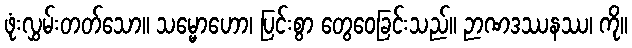
ဖုံးလွှမ်းတတ်သော။ သမ္မောဟော၊ ပြင်းစွာ တွေဝေခြင်းသည်။ ဉာဏဒဿနဿ၊ ကို။